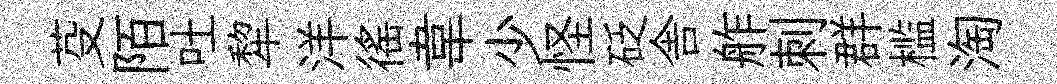
芟陌吐犂洋徭韋少怪砭舎舴刺群槛淘